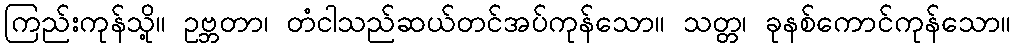
ကြည်းကုန်သို့။ ဥဗ္ဘတာ၊ တံငါသည်ဆယ်တင်အပ်ကုန်သော။ သတ္တ၊ ခုနစ်ကောင်ကုန်သော။